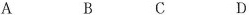
A B C D